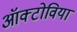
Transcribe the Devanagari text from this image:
ऑक्टोविया